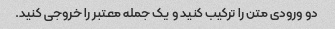
دو ورودی متن را ترکیب کنید و یک جمله معتبر را خروجی کنید.